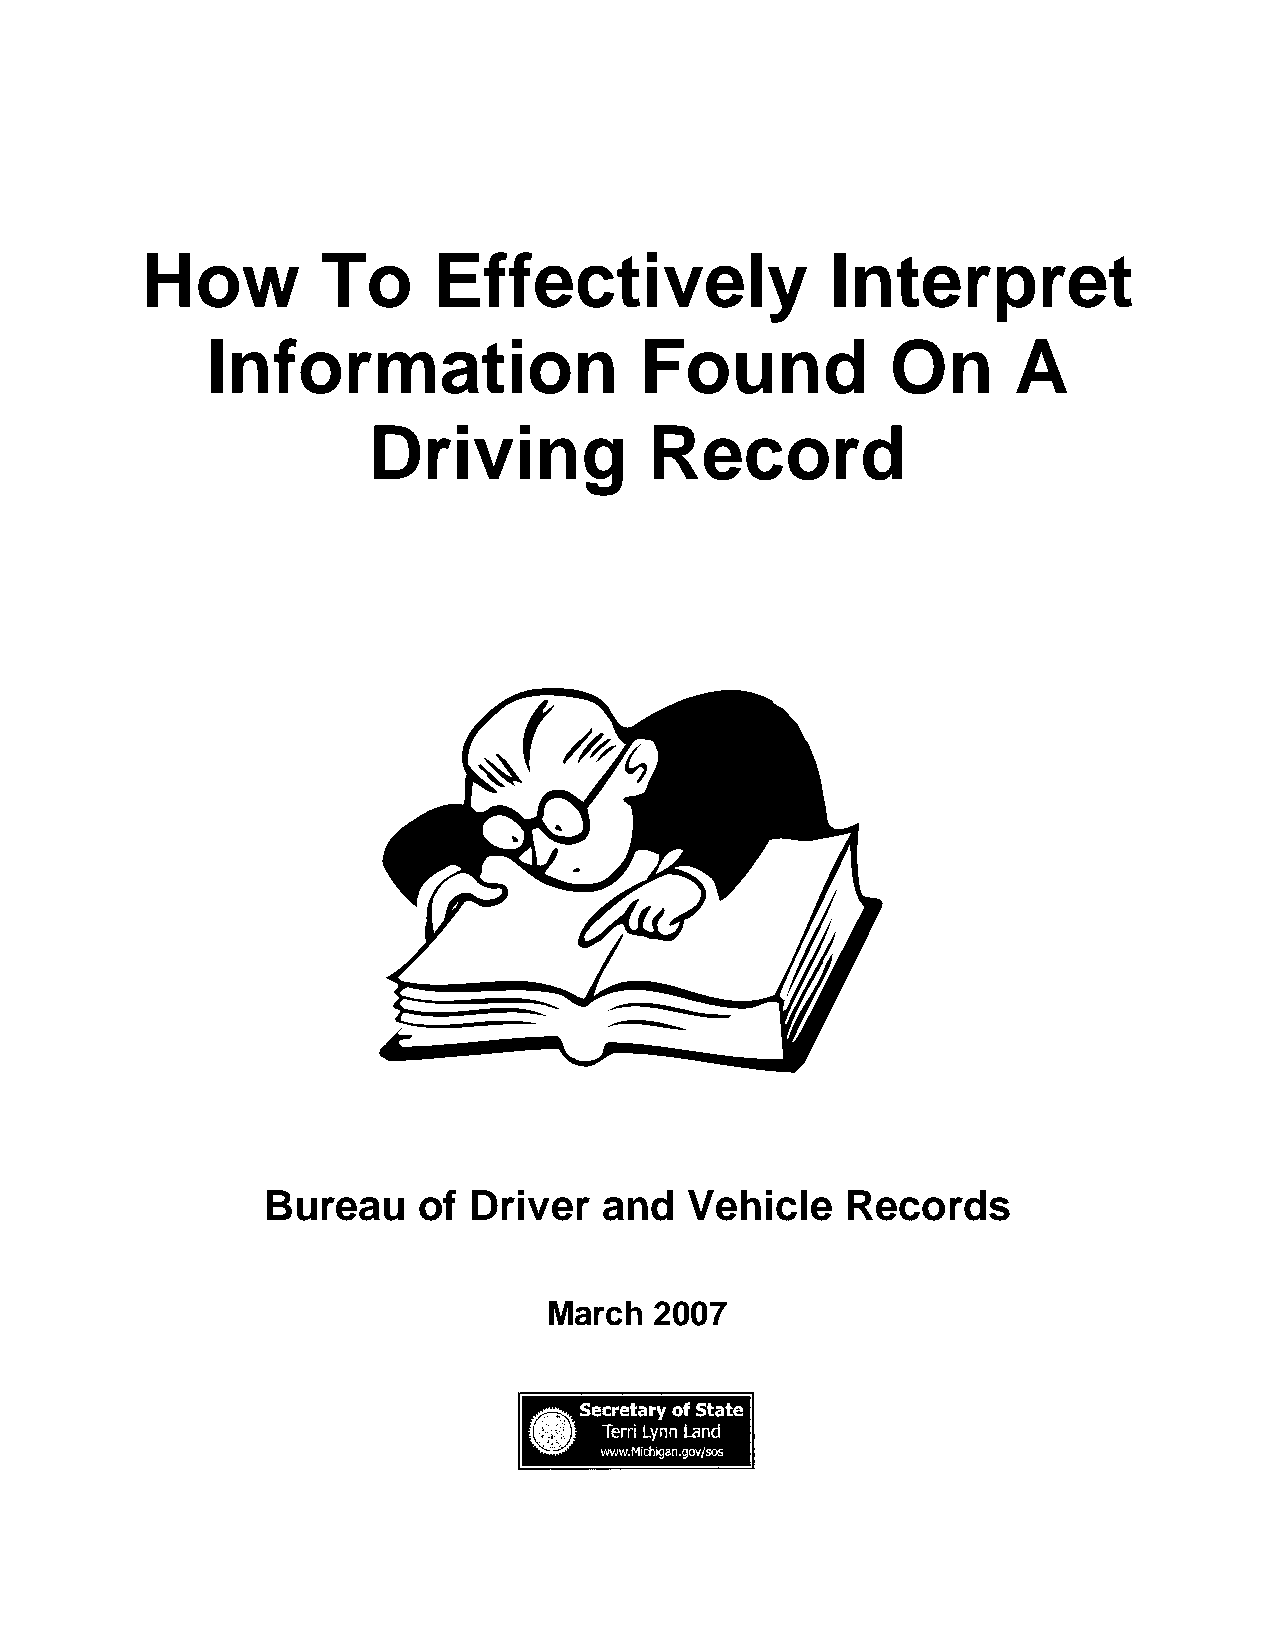
How         To      Effectively               Interpret
 Information                 Found            On      A
 Driving            Record
 Bureau     of Driver   and  Vehicle    Records
 March  2007